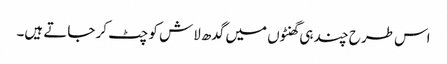
اس طرح چند ہی گھنٹوں میں گدھ لاش کو چٹ کر جاتے ہیں۔